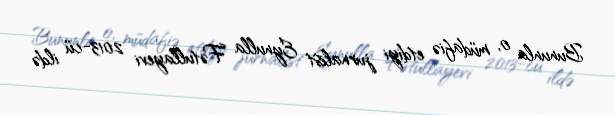
Bununla o, müdafiə etdiyi jurnalist Eynulla Fətullayevi 2013-cü ildə